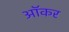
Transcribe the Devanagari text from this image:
ऑकर